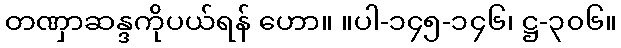
တဏှာဆန္ဒကိုပယ်ရန် ဟော။ ။ပါ-၁၄၅-၁၄၆၊ ဋ္ဌ-၃၀၆။